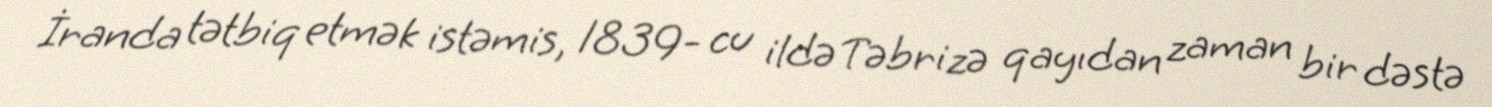
İranda tətbiq etmək istəmis, 1839- cu ildə Təbrizə qayıdan zaman bir dəstə